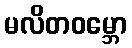
မလိတဝမ္ဘော